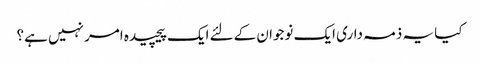
کیا یہ ذمہ داری ایک نوجوان کےلئے ایک پیچیده امر نہیں ہے؟